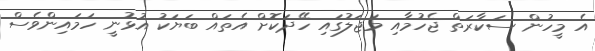
އެ މީހުން ސަކާރަތް ޖެހުމާއި މަޖަލުގައި ހޭދަކޮށް އެތައް ބަޔަކު އުޅުނީ ހަމައިންވެސް